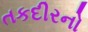
તકદીરનો